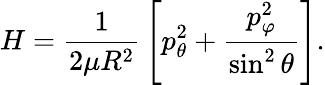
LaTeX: H={\frac{1}{2\mu R^{2}}}\left[p_{\theta}^{2}+{\frac{p_{\varphi}^{2}}{\sin^{2}\theta}}\right].